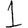
Digit: 1